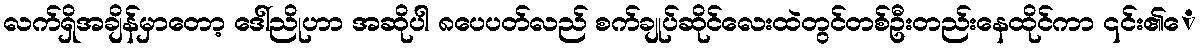
လက်ရှိအချိန်မှာတော့ ဒေါ်ညိုဟာ အဆိုပါ ၈ပေပတ်လည် စက်ချုပ်ဆိုင်လေးထဲတွင်တစ်ဦးတည်းနေထိုင်ကာ ၎င်း၏ေ